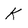
Character: K